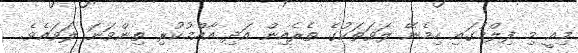
މިއީ މި ފިލްމުގައި ހިމެނޭ ލަވަތަކުގެ ތެރެއިން އަދި އާއްމުކުރި ތިންވަނަ ލަވައެވެ.